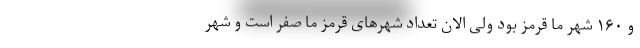
و ۱۶۰ شهر ما قرمز بود ولی الان تعداد شهرهای قرمز ما صفر است و شهر